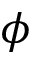
\phi